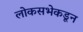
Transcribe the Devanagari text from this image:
लोकसभेकडून